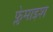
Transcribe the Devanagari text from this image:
फ्लेमाइश